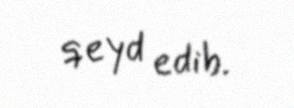
qeyd edib.